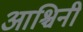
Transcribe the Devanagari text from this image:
आश्चिनी